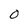
Character: 0